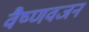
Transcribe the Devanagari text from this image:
वैष्णवजन